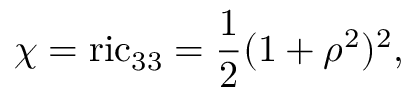
\chi = \mathrm { r i c } _ { 3 3 } = \frac 1 2 ( 1 + \rho ^ { 2 } ) ^ { 2 } ,